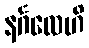
နင်္ဂလေဟိ